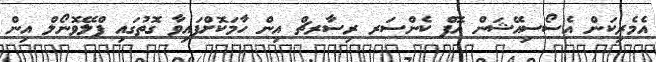
އެމެރިކަން އެސޯސިއޭޝަން އޮފް ކެންސަރ ރިސާރޗް އިން ހާމަކޮށްފައިވާ ގޮތުގައި ފްލޭވޮނޯލް އިން